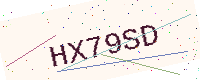
Text: HX79SD